Report of the Imperial Institute of Veterinary Research, Muktesar
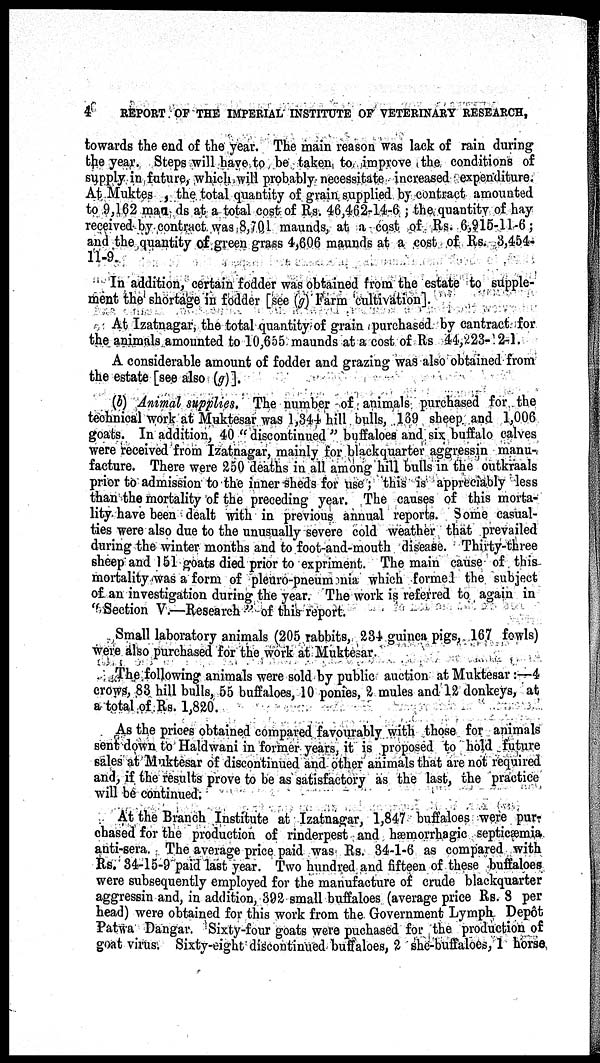
4
REPORT OF THE IMPERIAL INSTITUTE OF VETERINARY RESEARCH,
towards the end of the year. The main reason was lack of rain during
the year. Steps will have to be taken to improve the conditions of
supply in future, which will probably necessitate increased expenditure.
At Muktes , the total quantity of grain supplied by contract amounted
to 9,162 man ds at a total cost of Rs. 46,462-14-6 ; the quantity of hay
received by contract was 8,701 maunds, at a cost of Rs. 6,915-11-6;
and the quantity of green grass 4,606 maunds at a cost of Rs. 3,454-
11-9.
In addition, certain fodder was obtained from the estate to supple-
ment the shortage in fodder [see (g) Farm cultivation].
At Izatnagar, the total quantity of grain purchased by cantract for
the animals amounted to 10,655 maunds at a cost of Rs 44,223-12-1.
A considerable amount of fodder and grazing was also obtained from
the estate [see also (g)].
(b) Animal supplies. The number of animals purchased for the
technical work at Muktesar was 1,344 hill bulls, 169 sheep and 1,006
goats. In addition, 40 " discontinued " buffaloes and six buffalo calves
were received from Izatnagar, mainly for blackquarter aggressin manu-
facture. There were 250 deaths in all among hill bulls in the outkraals
prior to admission to the inner sheds for use; this is appreciably less
than the mortality of the preceding year. The causes of this morta-
lity have been dealt with in previous annual reports. Some casual-
ties were also due to the unusually severe cold weather that prevailed
during the winter months and to foot-and-mouth disease. Thirty-three
sheep and 151 goats died prior to expriment. The main cause of this
mortality was a form of pleuro-pneumonia which formed the subject
of an investigation during the year. The work is referred to again in
"Section V.—Research" of this report.
Small laboratory animals (205 rabbits, 234 guinea pigs, 167 fowls)
were also purchased for the work at Muktesar.
The following animals were sold by public auction at Muktesar:—4
crows, 83 hill bulls, 55 buffaloes, 10 ponies, 2 mules and 12 donkeys, at
a total of Rs. 1,820.
As the prices obtained compared favourably with those for animals
sent down to Haldwani in former years, it is proposed to hold future
sales at Muktesar of discontinued and other animals that are not required
and, if the results prove to be as satisfactory as the last, the practice
will be continued.
At the Branch Institute at Izatnagar, 1,847 buffaloes were pur-
chased for the production of rinderpest and hæmorrhagic septicæmia
anti-sera. The average price paid was Rs. 34-1-6 as compared with
Rs. 34-15-9 paid last year. Two hundred and fifteen of these buffaloes
were subsequently employed for the manufacture of crude blackquarter
aggressin and, in addition, 392 small buffaloes (average price Rs. 8 per
head) were obtained for this work from the Government Lymph Depôt
Patwa Dangar. Sixty-four goats were puchased for the production of
goat virus. Sixty-eight discontinued buffaloes, 2 she-buffaloes, 1 horse